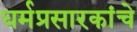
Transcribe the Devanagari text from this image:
धर्मप्रसारकांचे